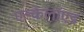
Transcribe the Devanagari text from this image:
एल्केलॉएड